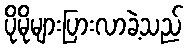
ပိုမိုများပြားလာခဲ့သည်